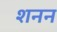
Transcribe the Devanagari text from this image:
शनन